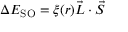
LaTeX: \Delta E _ { \mathrm { S O } } = \xi ( r ) { \vec { L } } \cdot { \vec { S } }